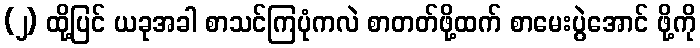
(၂) ထို့ပြင် ယခုအခါ စာသင်ကြပုံကလဲ စာတတ်ဖို့ထက် စာမေးပွဲအောင် ဖို့ကို